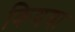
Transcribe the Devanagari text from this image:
कियया